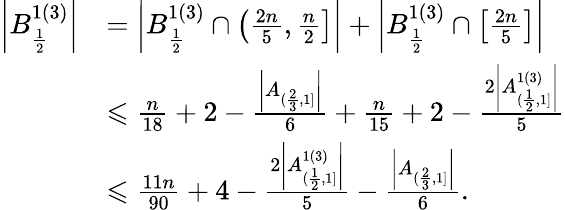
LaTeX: \begin{array}{rl}{\left|B_{\frac{1}{2}}^{1(3)}\right|}&{=\left|B_{\frac{1}{2}}^{1(3)}\cap\left(\frac{2n}{5},\frac{n}{2}\right]\right|+\left|B_{\frac{1}{2}}^{1(3)}\cap\left[\frac{2n}{5}\right]\right|}\\ &{\leqslant\frac{n}{18}+2-\frac{\left|A_{(\frac{2}{3},1]}\right|}{6}+\frac{n}{15}+2-\frac{2\left|A_{(\frac{1}{2},1]}^{1(3)}\right|}{5}}\\ &{\leqslant\frac{11n}{90}+4-\frac{2\left|A_{(\frac{1}{2},1]}^{1(3)}\right|}{5}-\frac{\left|A_{(\frac{2}{3},1]}\right|}{6}.}\end{array}